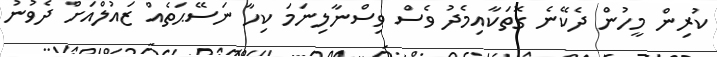
ކުރިން މީހުން ދެކޭނެ ގޮތަކާއިމެދު ވެސް ވިސްނާލިނަމަ ކިހާ ނަސޭޙަތެއް ޒައުލްއަށް ދެވުނު